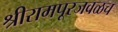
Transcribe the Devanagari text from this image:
श्रीरामपूरजवळच